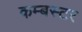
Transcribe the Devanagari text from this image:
कम्बस्टर